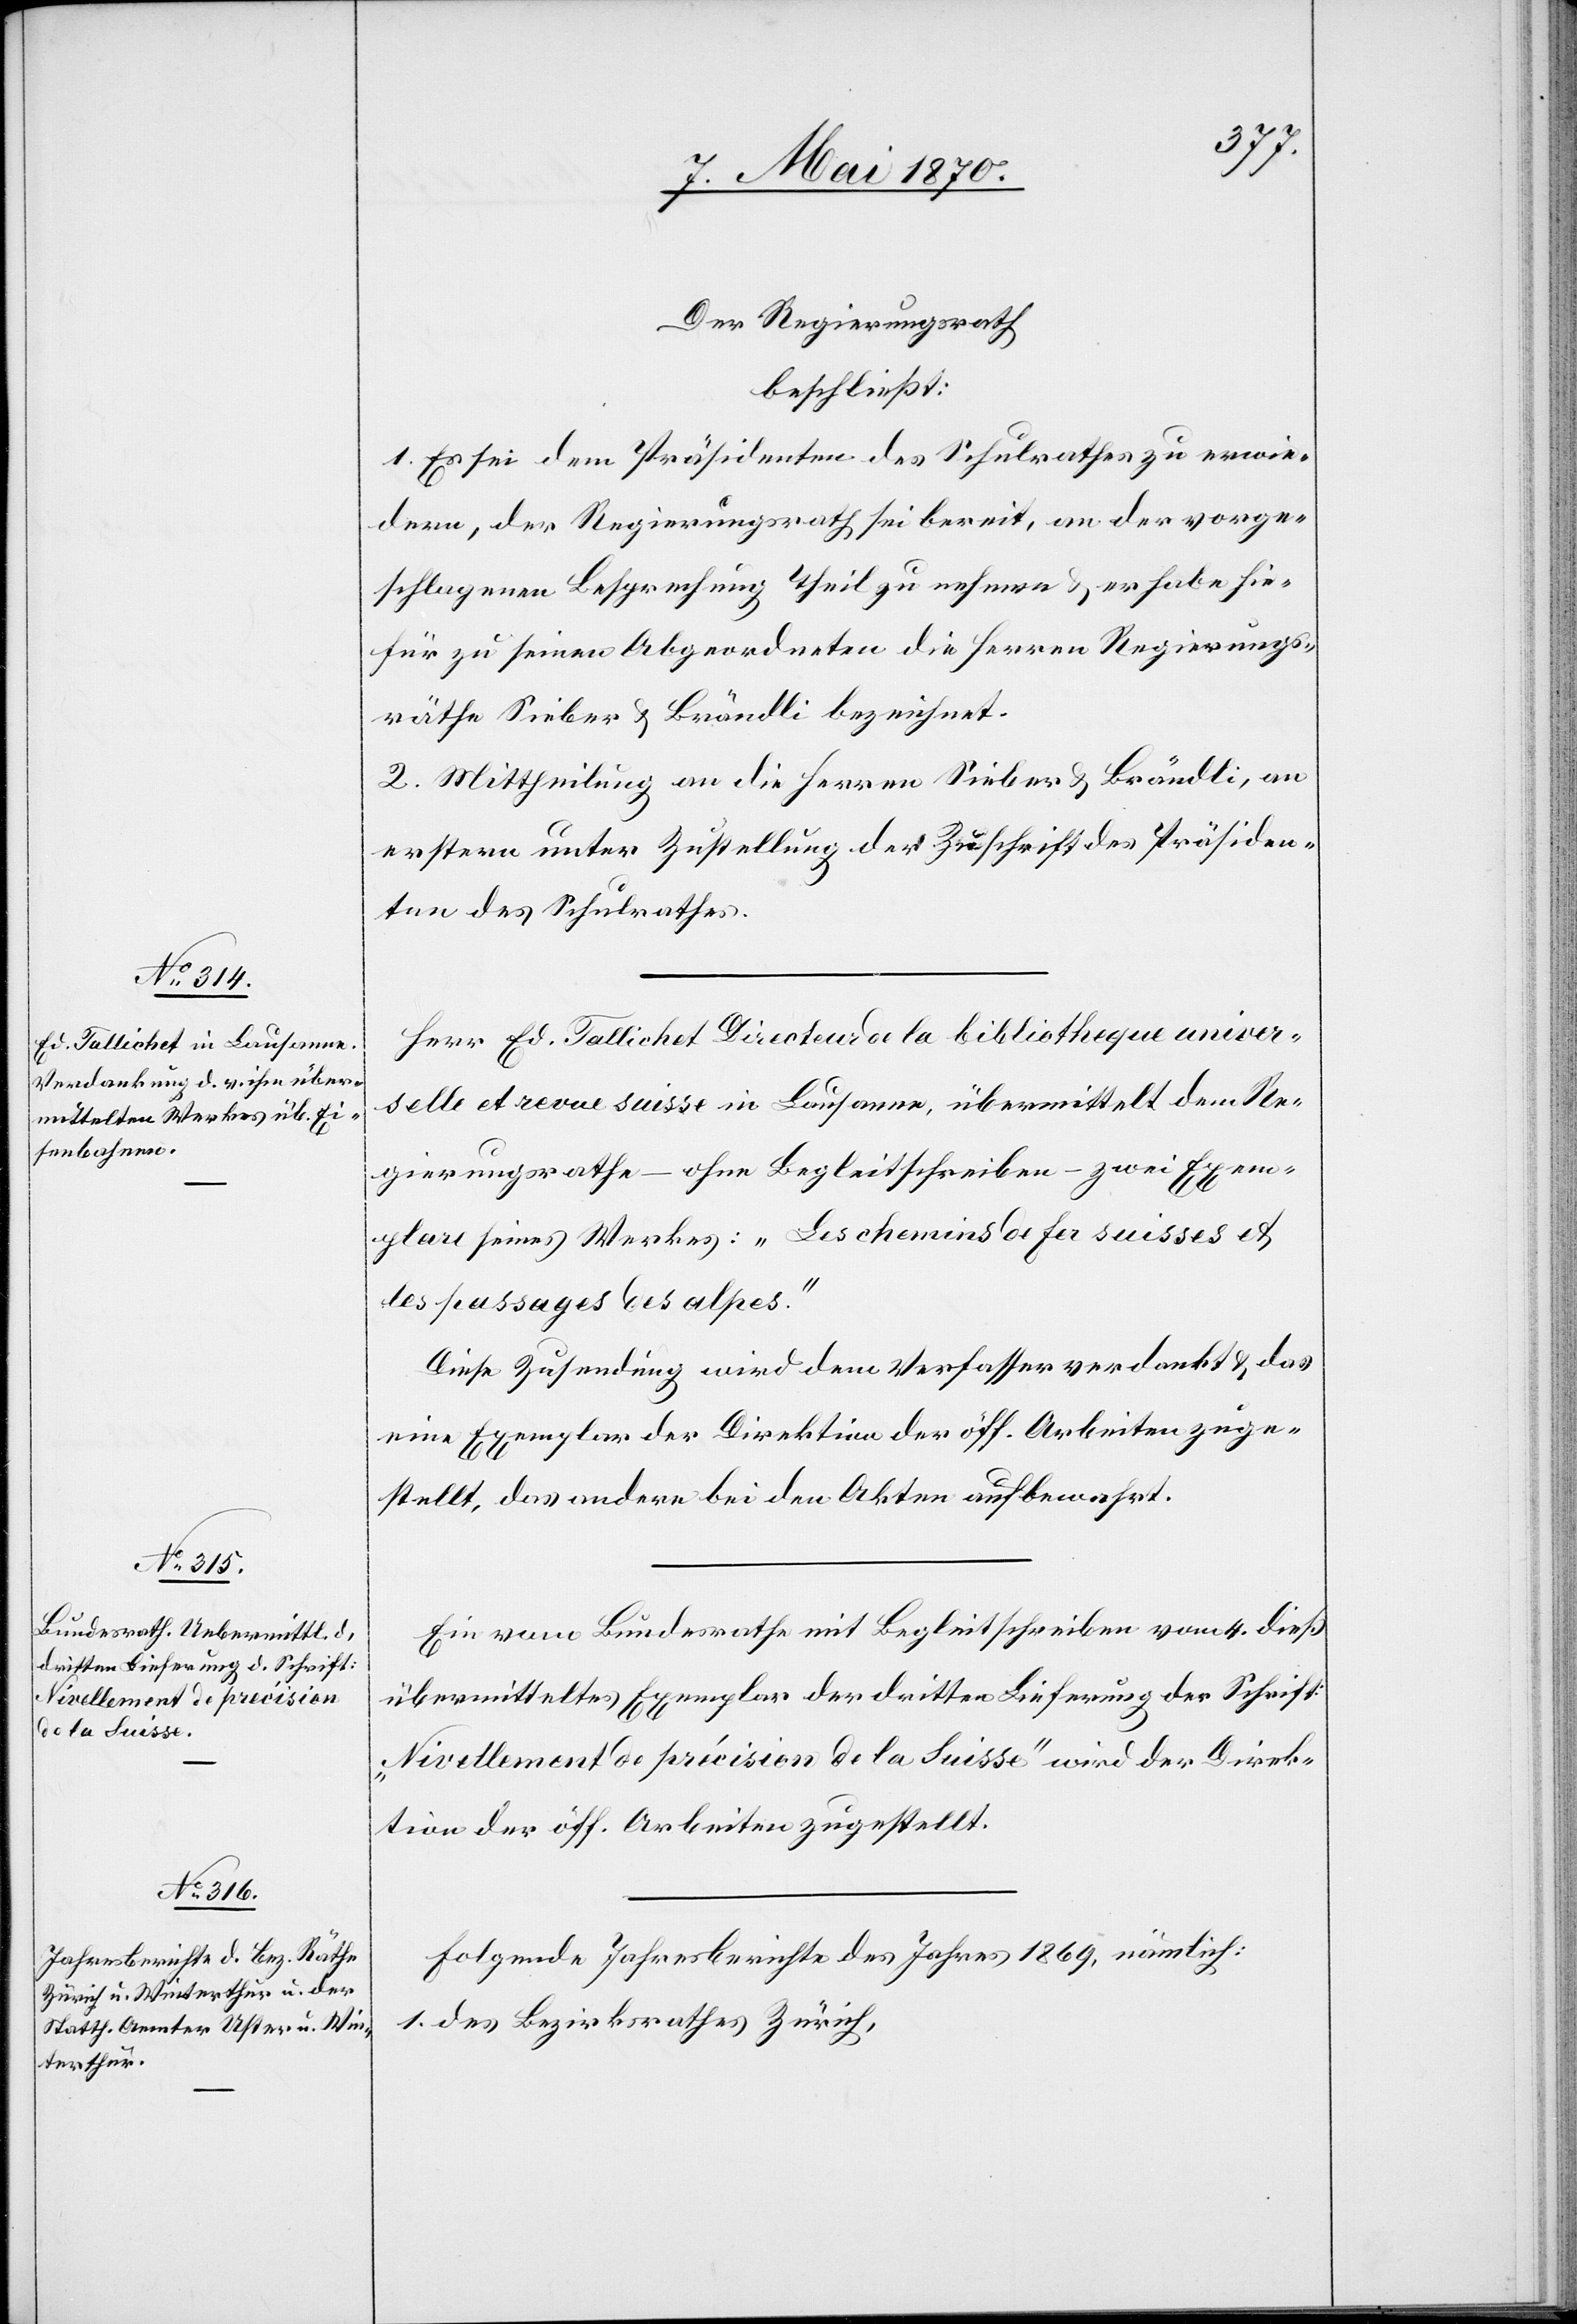
Der Regierungsrath
beschließt:
1. Es sei dem Präsidenten des Schulrathes zu erwie¬
dern, der Regierungsrath sei bereit, an der vorge¬
schlagenen Besprechung Theil zu nehmen & er habe hie¬
für zu seinen Abgeordneten die Herren Regierungs¬
räthe Sieber & Brändli bezeichnet.
2. Mittheilung an die Herren Sieber & Brändli, an
erstern unter Zustellung der Zuschrift des Präsiden¬
ten des Schulrathes.
Herr Ed. Tallichet Directeuer de la bibliotheque univer¬
selle et revue suisse in Lausanne, übermittelt dem Re¬
gierungsrathe – ohne Begleitschreiben – zwei Exem¬
plare seines Werkes: „Les chemins de fer suisses et
les passages des alpes.“
Diese Zusendung wird dem Verfasser verdankt & das
eine Exemplar der Direktion der öff. Arbeiten zuge¬
stellt, das andere bei den Akten aufbewahrt.
Ein vom Bundesrathe mit Begleitschreiben vom 4. dieß
übermitteltes Exemplar der dritten Lieferung der Schrift:
„Nivellement de précision de la Suisse“ wird der Direk¬
tion der öff. Arbeiten zugestellt.
Folgende Jahresberichte des Jahres 1869, nämlich:
1. des Bezirksrathes Zürich,